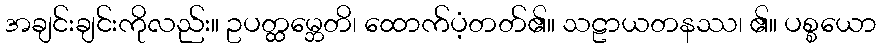
အချင်းချင်းကိုလည်း။ ဥပတ္ထမ္ဘေတိ၊ ထောက်ပံ့တတ်၏။ သဠာယတနဿ၊ ၏။ ပစ္စယော